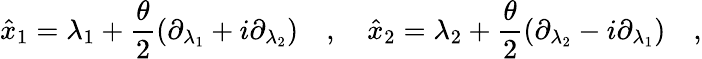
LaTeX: \hat{x}_{1}=\lambda_{1}+\frac{\theta}{2}(\partial_{\lambda_{1}}+i\partial_{\lambda_{2}})\quad,\quad\hat{x}_{2}=\lambda_{2}+\frac{\theta}{2}(\partial_{\lambda_{2}}-i\partial_{\lambda_{1}})\quad,